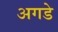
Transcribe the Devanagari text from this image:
अगडे